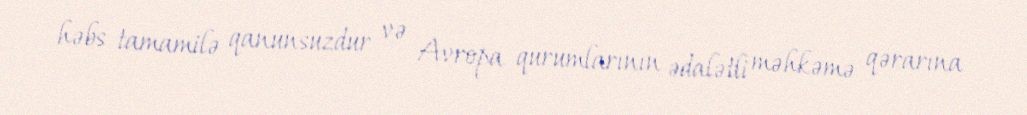
həbs tamamilə qanunsuzdur və Avropa qurumlarının ədalətli məhkəmə qərarına